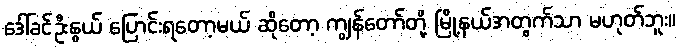
ဒေါ်ခင်ဦးနွယ် ပြောင်းရတော့မယ် ဆိုတော့ ကျွန်တော်တို့ မြို့နယ်အတွက်သာ မဟုတ်ဘူး။